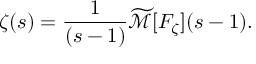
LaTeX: \zeta ( s ) = { \frac { 1 } { ( s - 1 ) } } { \widetilde { \mathcal { M } } } [ F _ { \zeta } ] ( s - 1 ) .